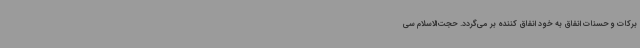
برکات و حسنات انفاق به خود انفاق کننده بر می‌گردد. حجت‌الاسلام سی